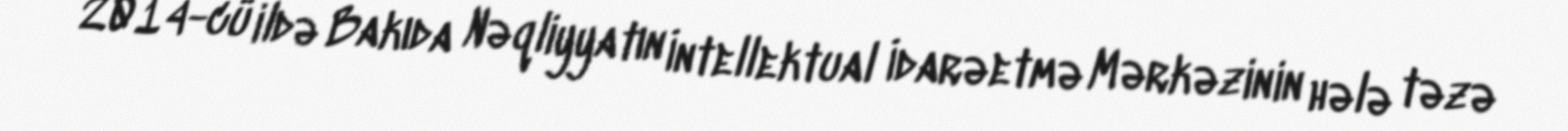
2014-cü ildə Bakıda Nəqliyyatın İntellektual İdarəetmə Mərkəzinin hələ təzə